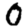
Digit: 0